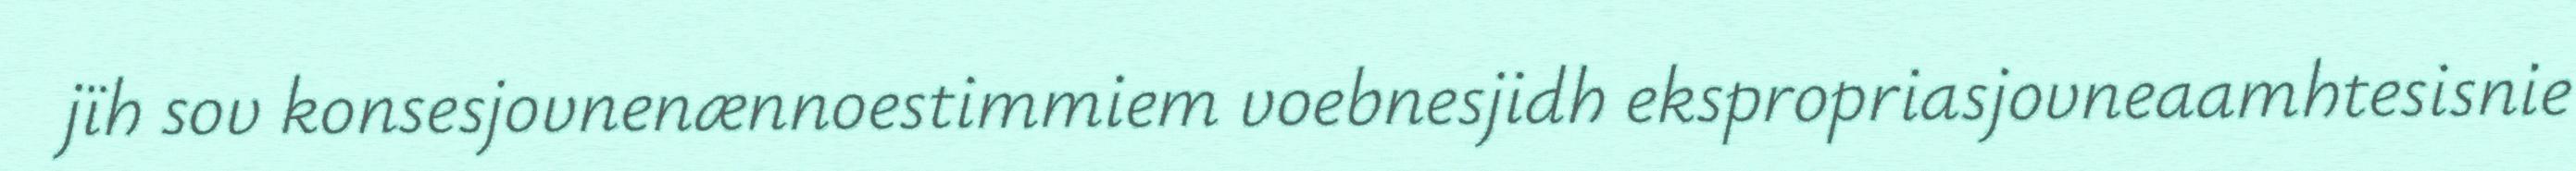
jïh sov konsesjovnenænnoestimmiem voebnesjidh ekspropriasjovneaamhtesisnie